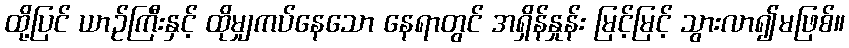
ထို့ပြင် ယာဉ်ကြီးနှင့် ထိုမျှကပ်နေသော နေရာတွင် အရှိန်နှုန်း မြင့်မြင့် သွားလာ၍မဖြစ်။